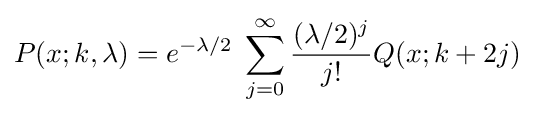
P(x;k,\lambda )=e^{-\lambda /2}\;\sum _{j=0}^{\infty }{\frac {(\lambda /2)^{j}}{j!}}Q(x;k+2j)